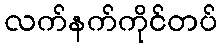
လက်နက်ကိုင်တပ်